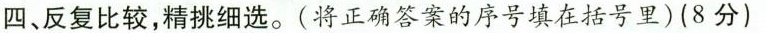
四、反复比较,精挑细选。(将正确答案的序号填在括号里)(8 分)